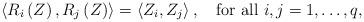
LaTeX: \begin{align*} \left<R_{i}\left(Z\right),R_{j}\left(Z\right)\right>=\left<Z_{i} ,Z_{j}\right>,\quad\mbox{for all $i,j=1,\dots,q$,} \end{align*}